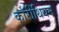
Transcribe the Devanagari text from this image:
कॉरींथियन